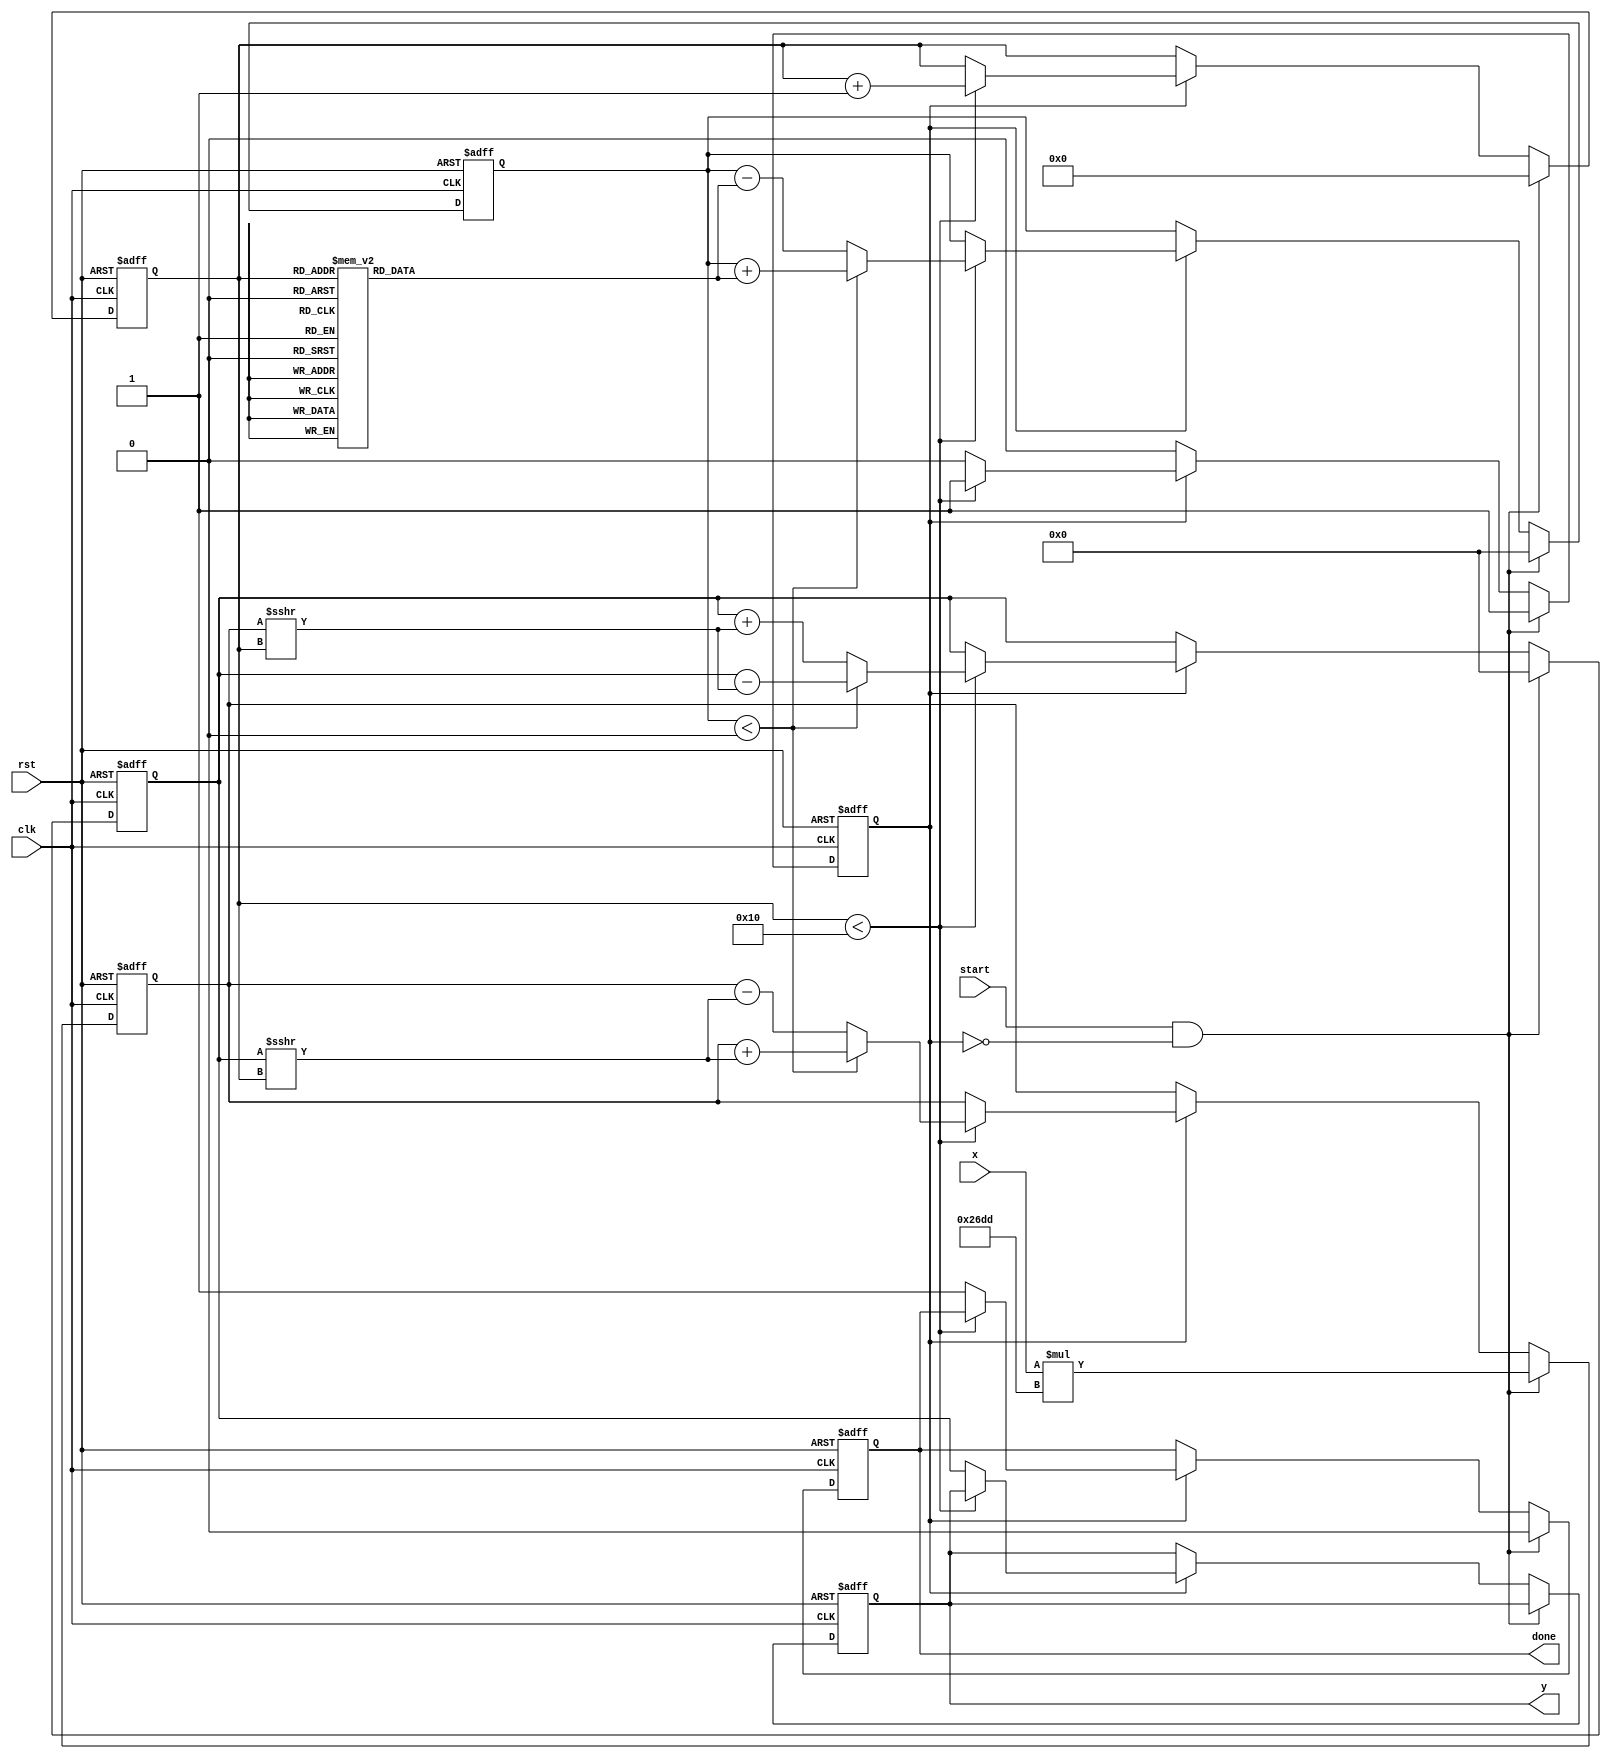
module atan_block (
    input wire clk,
    input wire rst,
    input wire start,
    input wire signed [15:0] x, // Input data (fixed-point representation)
    output reg signed [15:0] y,  // Output data (fixed-point representation)
    output reg done              // Done signal
);

    // CORDIC parameters
    parameter NUM_ITERATIONS = 16; // Number of iterations for CORDIC
    parameter CORDIC_GAIN = 16'h26DD; // CORDIC gain (approx 0.607)

    // Internal registers
    reg signed [15:0] x_curr, y_curr, z_curr;
    reg [3:0] iteration;
    reg computing;

    // CORDIC angle lookup table (arctan(2^-i) in fixed-point)
    reg signed [15:0] atan_table [0:NUM_ITERATIONS-1];
    
    initial begin
        atan_table[0] = 16'h2000; // atan(1) = /4
        atan_table[1] = 16'h12D4; // atan(0.5)
        atan_table[2] = 16'h0A3D; // atan(0.25)
        atan_table[3] = 16'h0519; // atan(0.125)
        atan_table[4] = 16'h028B; // atan(0.0625)
        atan_table[5] = 16'h0145; // atan(0.03125)
        atan_table[6] = 16'h00A2; // atan(0.015625)
        atan_table[7] = 16'h0051; // atan(0.0078125)
        atan_table[8] = 16'h0028; // atan(0.00390625)
        atan_table[9] = 16'h0014; // atan(0.001953125)
        atan_table[10] = 16'h000A; // atan(0.0009765625)
        atan_table[11] = 16'h0005; // atan(0.00048828125)
        atan_table[12] = 16'h0002; // atan(0.000244140625)
        atan_table[13] = 16'h0001; // atan(0.0001220703125)
        atan_table[14] = 16'h0001; // atan(0.00006103515625)
        atan_table[15] = 16'h0000; // atan(0.000030517578125)
    end

    // State machine for CORDIC computation
    always @(posedge clk or posedge rst) begin
        if (rst) begin
            // Reset state
            x_curr <= 0;
            y_curr <= 0;
            z_curr <= 0;
            iteration <= 0;
            computing <= 0;
            done <= 0;
            y <= 0;
        end else begin
            if (start && !computing) begin
                // Initialize CORDIC computation
                x_curr <= x * CORDIC_GAIN; // Scale input
                y_curr <= 0;
                z_curr <= 0;
                iteration <= 0;
                computing <= 1;
                done <= 0;
            end else if (computing) begin
                if (iteration < NUM_ITERATIONS) begin
                    // CORDIC rotation
                    if (z_curr < 0) begin
                        x_curr <= x_curr + (y_curr >>> iteration);
                        y_curr <= y_curr - (x_curr >>> iteration);
                        z_curr <= z_curr + atan_table[iteration];
                    end else begin
                        x_curr <= x_curr - (y_curr >>> iteration);
                        y_curr <= y_curr + (x_curr >>> iteration);
                        z_curr <= z_curr - atan_table[iteration];
                    end
                    iteration <= iteration + 1;
                end else begin
                    // Finalize output
                    y <= y_curr;
                    done <= 1;
                    computing <= 0;
                end
            end
        end
    end

endmodule